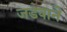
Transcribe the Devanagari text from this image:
जडवाने